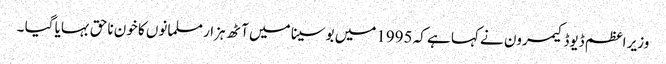
وزیر اعظم ڈیوڈ کیمرون نے کہا ہے کہ 1995میں بوسینا میں آٹھ ہزار مسلمانوں کا خون ناحق بہایا گیا ۔